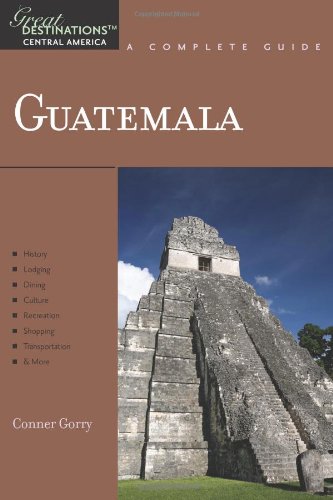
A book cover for Explorer's Guide Guatemala: A Great Destination (Explorer's Great Destinations); Conner Gorry; Travel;